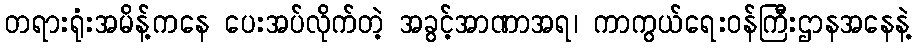
တရားရုံးအမိန့်ကနေ ပေးအပ်လိုက်တဲ့ အခွင့်အာဏာအရ၊ ကာကွယ်ရေးဝန်ကြီးဌာနအနေနဲ့